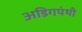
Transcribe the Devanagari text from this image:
अडिगपंथी